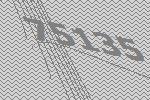
75135